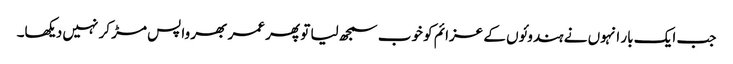
جب ایک بار انہوں نے ہندوئوں کے عزائم کو خوب سمجھ لیا تو پھر عمر بھر واپس مڑ کر نہیں دیکھا۔